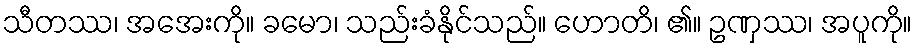
သီတဿ၊ အအေးကို။ ခမော၊ သည်းခံနိုင်သည်။ ဟောတိ၊ ၏။ ဥဏှဿ၊ အပူကို။